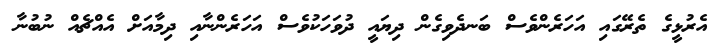
އެރުޅީގެ ތެރޭގައި އަހަރެންވެސް ބަނދެވިގެން ދިޔައީ ދުވަހަކުވެސް އަހަރެންނާއި ދިމާއަށް އެއްޗެއް ނުބުނާ